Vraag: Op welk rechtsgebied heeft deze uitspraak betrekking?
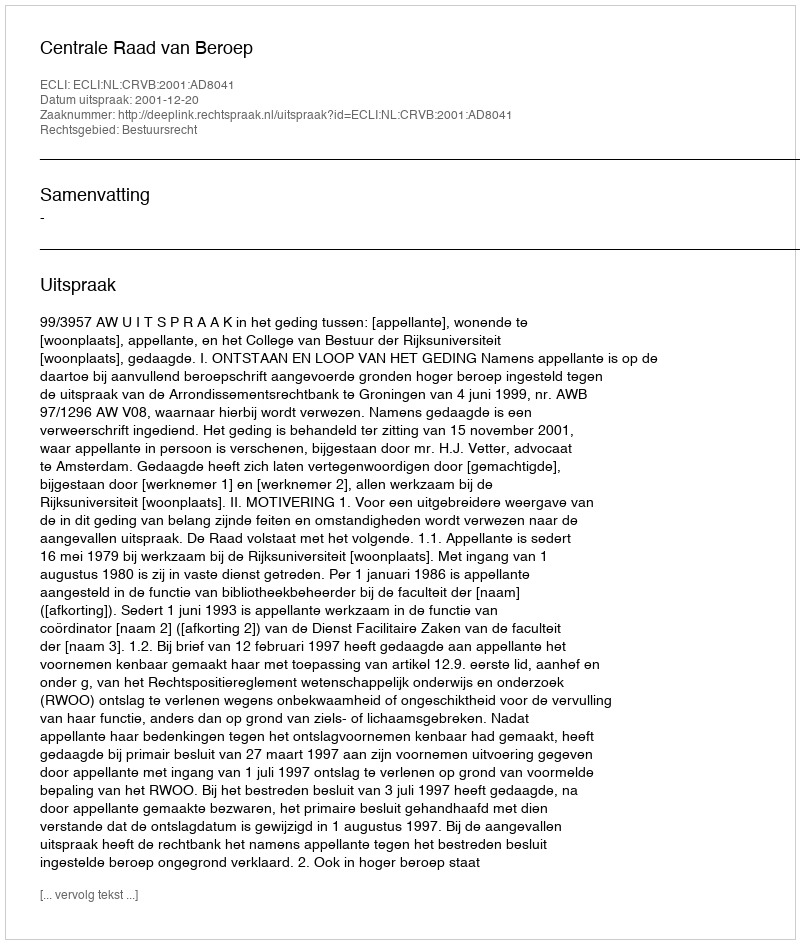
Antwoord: Bestuursrecht